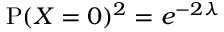
\operatorname { P } ( X = 0 ) ^ { 2 } = e ^ { - 2 \lambda } \quad